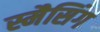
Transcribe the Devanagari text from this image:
स्मैसिंग